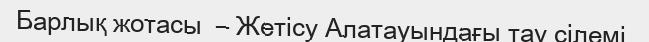
Барлық жотасы  – Жетісу Алатауындағы тау сілемі.